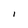
Character: I